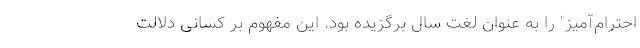
احترام‌آمیز" را به عنوان لغت سال برگزیده بود. این مفهوم بر کسانی دلالت